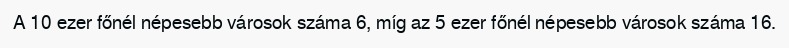
A 10 ezer főnél népesebb városok száma 6, míg az 5 ezer főnél népesebb városok száma 16.